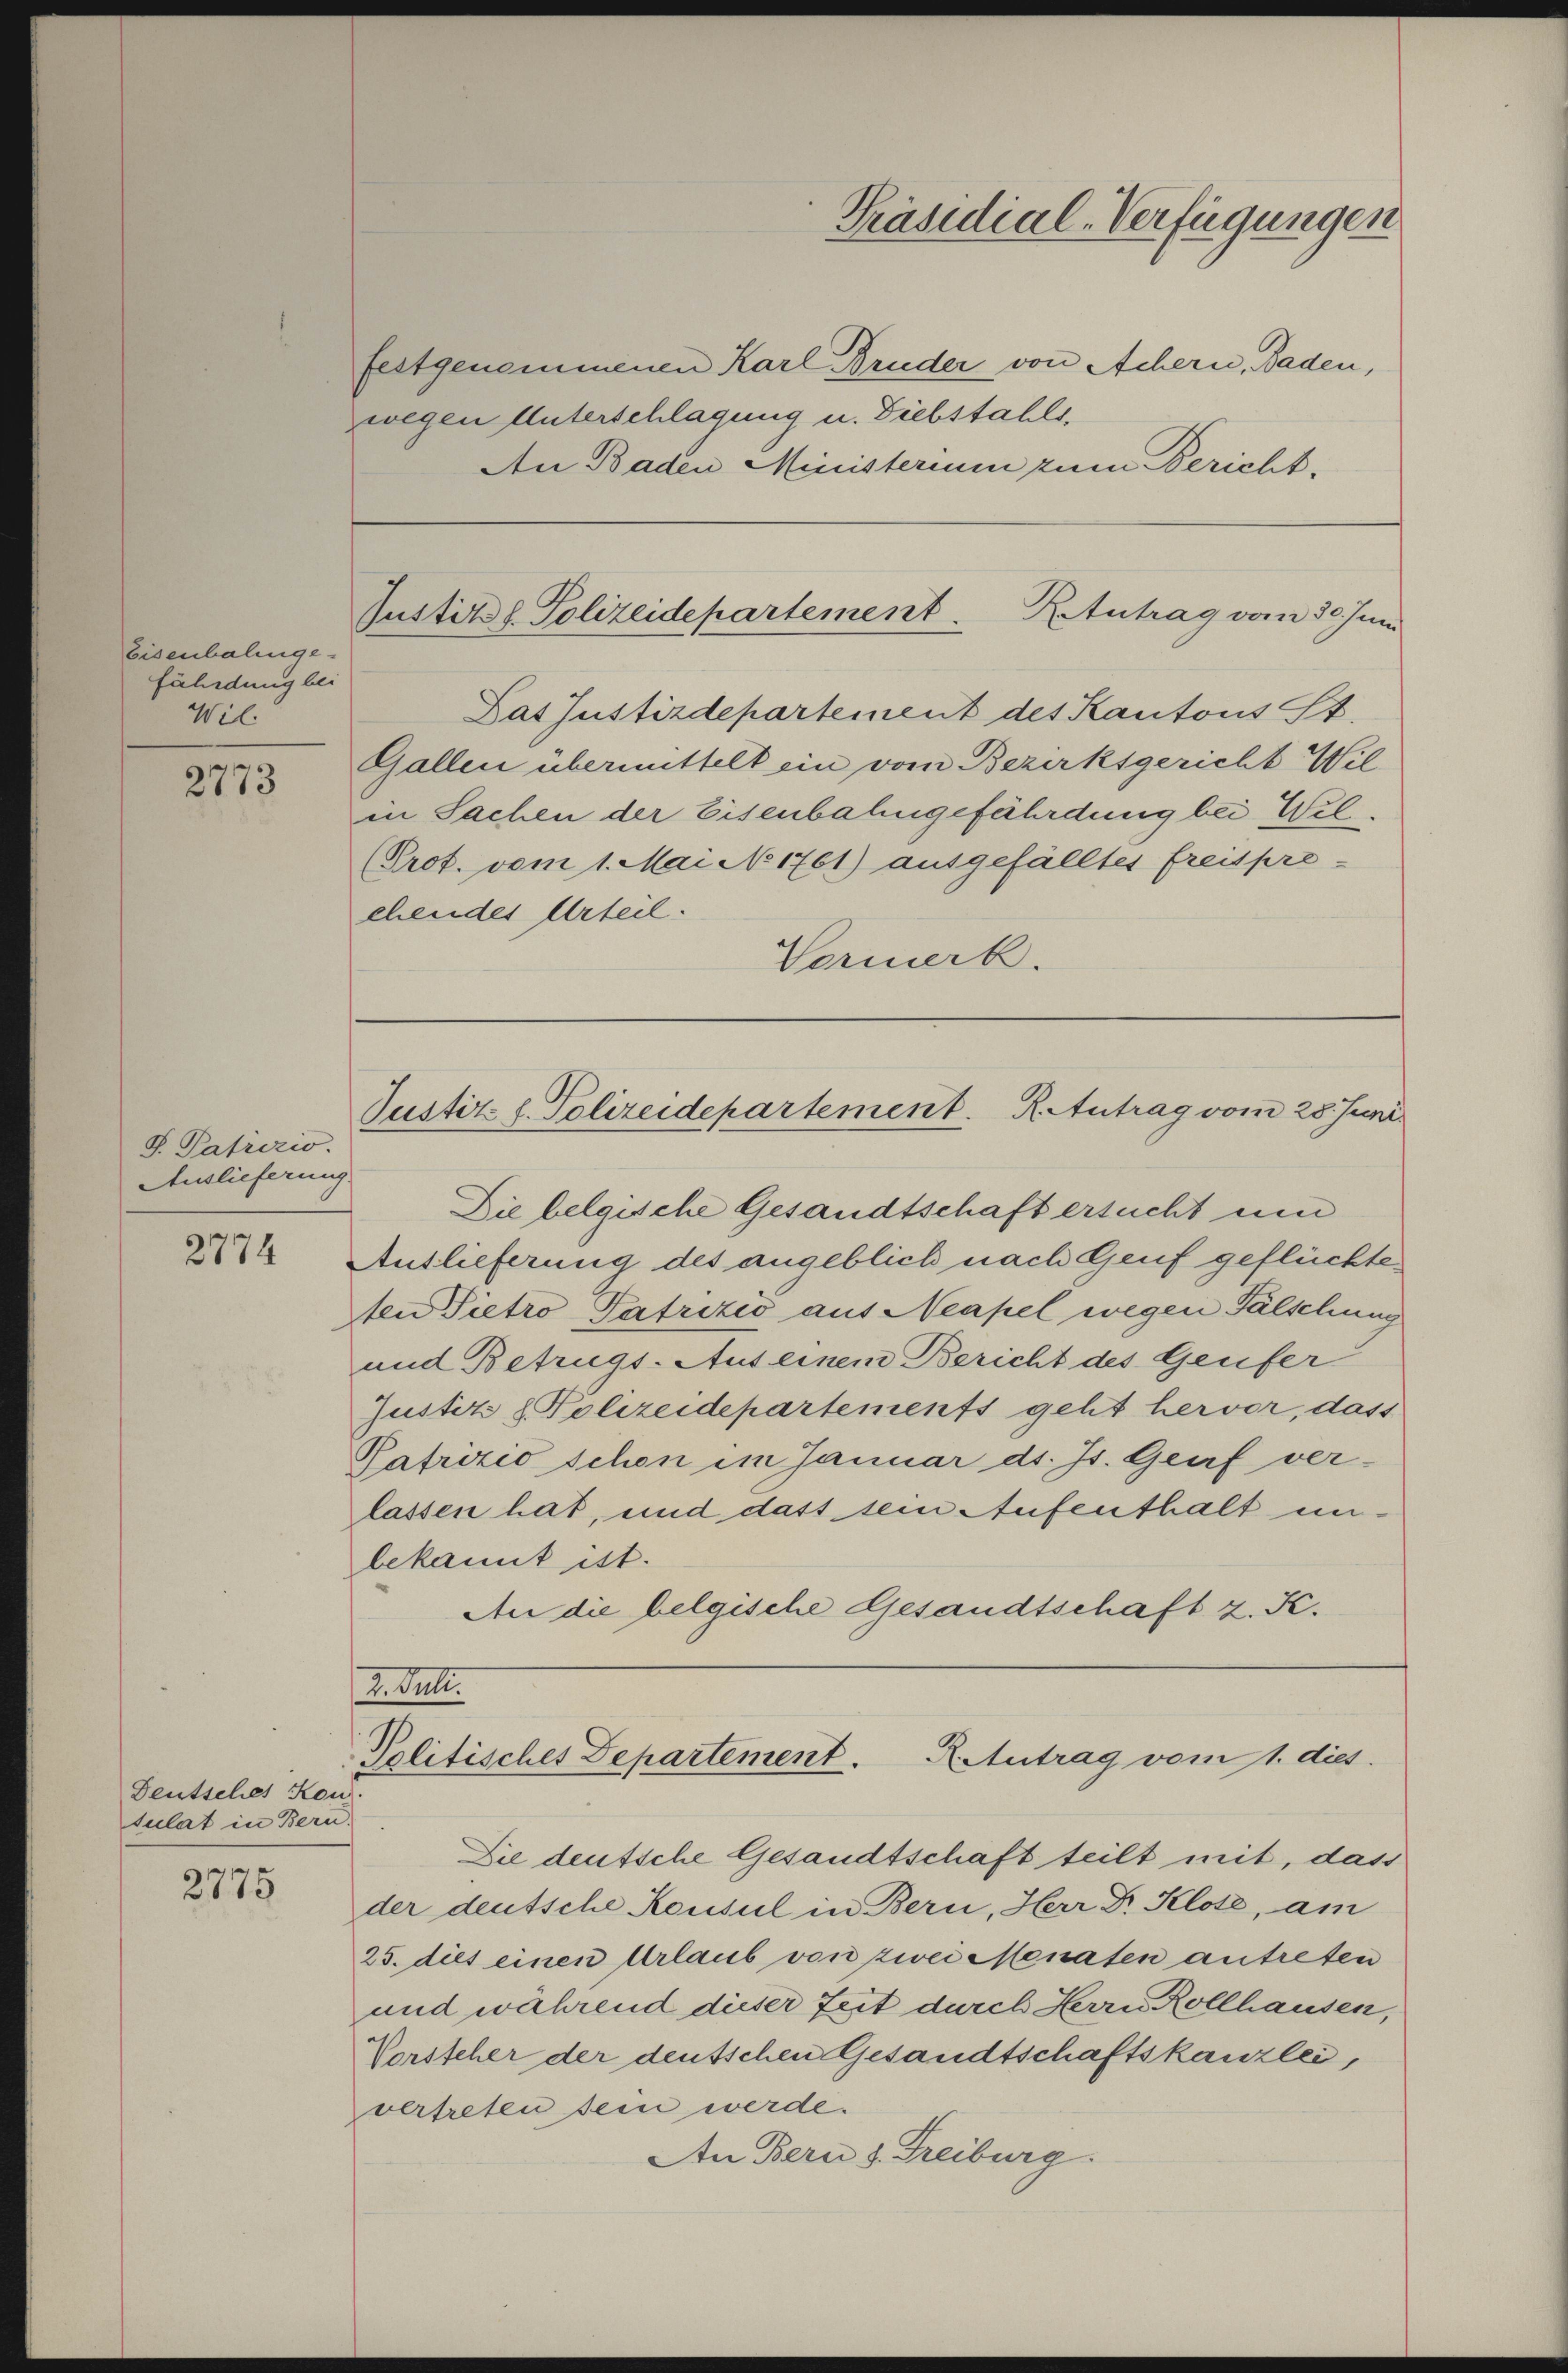
Eisenbalinge
fährdung bei
Wil

2773

S. Patrizio
Auslieferung

2774

Deutsches Kon
tulat in Bern.

2775

festgenommenen Karl Bruder von Achern, Baden,
zwegen Unterschlagung u. Diebstahls,
An Baden Ministerium zum Bericht.

Das Justizdepartement des Kantons St.
Gallen übermittelt ein vom Bezirksgericht Wil
in Sachen der Eisenbahngefährdung bei Wel¬
Prot. vom 1. Mai No 1761) ausgefälltes freispre-
ehendes Urteil.
Vormerk.

Die belgische Gesandtschaft ersucht um
Auslieferung des angeblich nach Genf geflüchte
ten Pietro Patrizio aus Neapel wegen Fälschung
und Betrugs-Aus einem Bericht des Genfer
Justiz & Polizeidepartements geht hervor, dass
Pafrizio schon im Januar d. Js. Genf ver-
lassen hat, und dass sein Aufenthalt unbekannt ist.
An die belgische Gesandtschaft z. K.

Die deutsche Gesandtschaft teilt mit, dass
der deutsche Konsul in Bern, Herr Dr. Klote, am
25. dies einen Urlaub von zwei Menaten antreten
und während dieser Zeit durch Herrn Rollhausen,
Vorsteher der deutschen Gesandtschaftskanzlei,
vertreten sein werde.
An Bern s. Freiburg.

Präsidial-Verfügungen

Justiz & Polizeidepartement.
Ketutrag vom 30. Juni

Justiz- u. Polizeidepartement. R. Antrag vom 28. Juni

2. Juli.
Politisches Departement Reutrag vom 1. dies